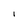
Character: I